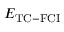
E _ { \mathrm { { T C - F C I } } }